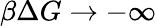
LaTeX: \beta\Delta G\rightarrow-\infty